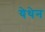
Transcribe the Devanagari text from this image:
येथेन